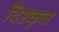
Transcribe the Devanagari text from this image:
दिष्टकृत